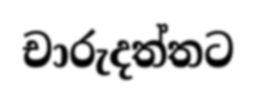
චාරුදත්තට